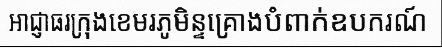
អាជ្ញាធរក្រុងខេមរភូមិន្ទគ្រោងបំពាក់ឧបករណ៍